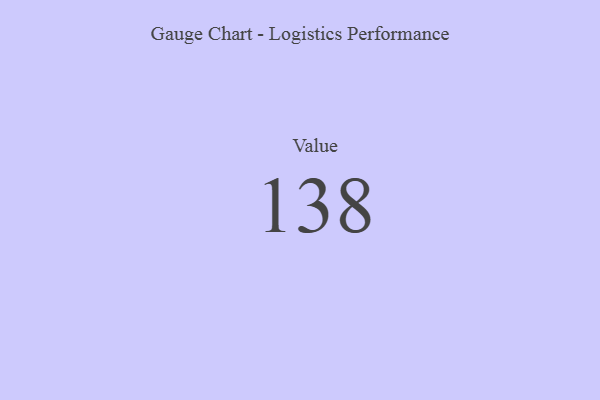
{"axis": {"x": "Metric", "y": "Value"}, "legend": [""], "data": [{"x": "Value", "y": 138, "type": ""}]}